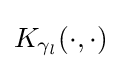
K_{\gamma _{l}}(\cdot ,\cdot )